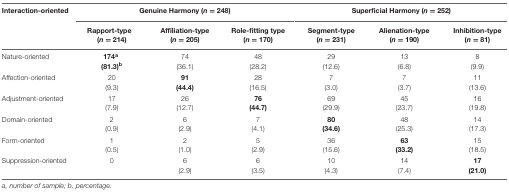
| Interaction-oriented | <COLSPAN=3> Genuine Harmony (n = 248) | <COLSPAN=3> Superficial Harmony (n = 252) |
 |  | Rapport-type (n = 214) | Affiliation-type (n = 205) | Role-fitting type (n = 170) | Segment-type (n = 231) | Alienation-type (n = 190) | Inhibition-type (n = 81) |
 | --- | --- | --- | --- | --- | --- | --- |
 | Nature-oriented | 174a (81.3)b | 74 (36.1) | 48 (28.2) | 29 (12.6) | 13 (6.8) | 8 (9.9) |
 | Affection-oriented | 20 (9.3) | 91 (44.4) | 28 (16.5) | 7 (3.0) | 7 (3.7) | 11 (13.6) |
 | Adjustment-oriented | 17 (7.9) | 26 (12.7) | 76 (44.7) | 69 (29.9) | 45 (23.7) | 16 (19.8) |
 | Domain-oriented | 2 (0.9) | 6 (2.9) | 7 (4.1) | 80 (34.6) | 48 (25.3) | 14 (17.3) |
 | Form-oriented | 1 (0.5) | 2 (1.0) | 5 (2.9) | 36 (15.6) | 63 (33.2) | 15 (18.5) |
 | Suppression-oriented | 0 | 6 (2.9) | 6 (3.5) | 10 (4.3) | 14 (7.4) | 17 (21.0) |